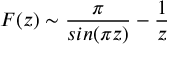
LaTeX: F ( z ) \sim \frac { \pi } { s i n ( \pi z ) } - \frac { 1 } { z }